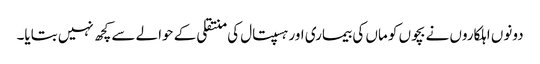
دونوں اہلکاروں نے بچوں کو ماں کی بیماری اور ہسپتال کی منتقلی کے حوالے سے کچھ نہیں بتایا۔